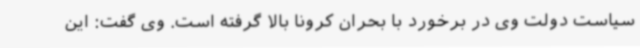
سیاست دولت وی در برخورد با بحران کرونا بالا گرفته است. وی گفت: این